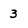
Character: 3